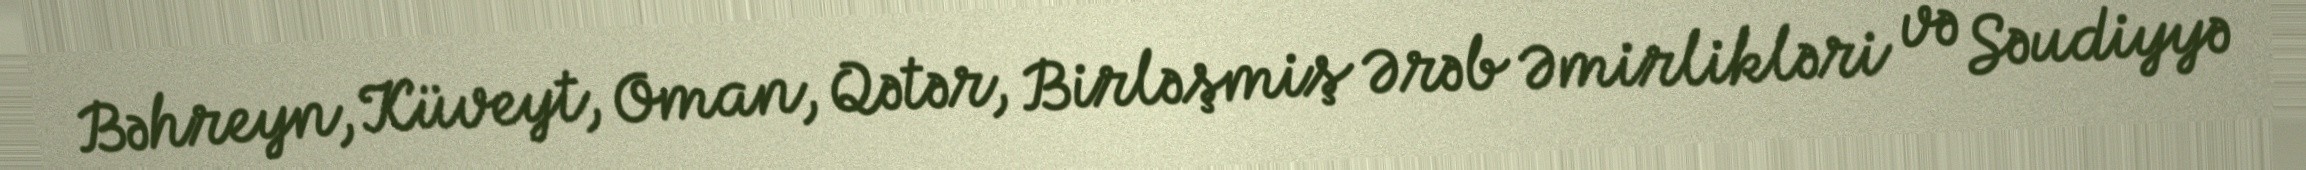
Bəhreyn, Küveyt, Oman, Qətər, Birləşmiş Ərəb Əmirlikləri və Səudiyyə